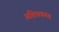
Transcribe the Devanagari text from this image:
अहिछत्रगढ़